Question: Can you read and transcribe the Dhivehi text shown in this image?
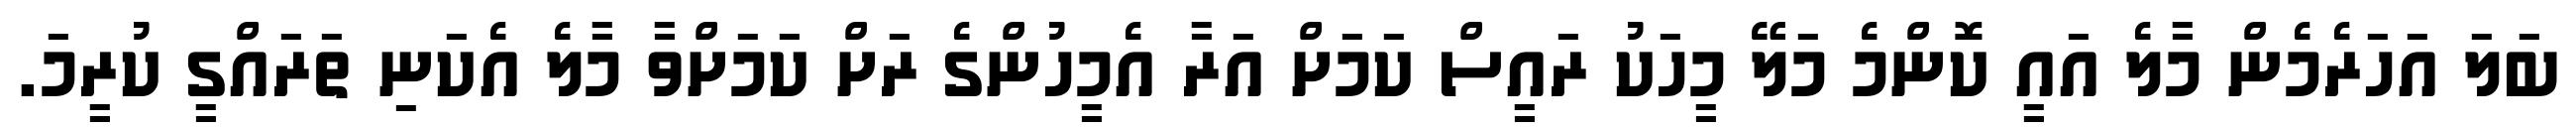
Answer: ބަލަ އަހަރެމެން މާލެ އައީ ކޮންމެ މަލޭ މީހަކު ރައީސް ކަމަށް އަރާ އެމީހުންގެ ރަށް ކަމަށްވާ މާލެ އެކަނި ތަރައްގީ ކުރީމަ.